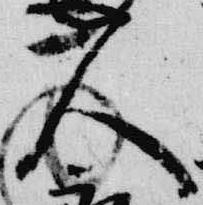
人